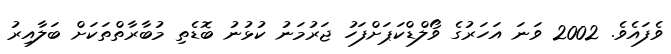
ވެފައެވެ. 2002 ވަނަ އަހަރުގެ ވޯލްޑްކަޕަށްފަހު ޖަރުމަނު ކުޅުނު ބޮޑެތި މުބާރާތްތަކަށް ބަލާއިރު